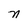
Character: n